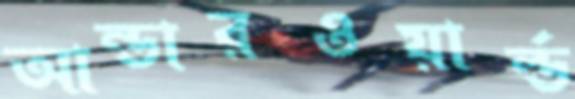
আন্ডারওয়ার্ল্ড